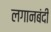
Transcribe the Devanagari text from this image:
लगानबंदी